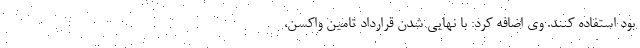
بود استفاده کنند. وی اضافه کرد: با نهایی شدن قرارداد تامین واکسن،